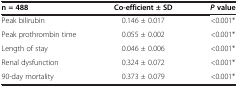
<table><thead><tr><td><b>n = 488</b></td><td><b>Co-efficient ± SD</b></td><td><b><i>P </i>value</b></td></tr></thead><tbody><tr><td>Peak bilirubin</td><td>0.146 ± 0.017</td><td>&lt;0.001*</td></tr><tr><td>Peak prothrombin time</td><td>0.055 ± 0.002</td><td>&lt;0.001*</td></tr><tr><td>Length of stay</td><td>0.046 ± 0.006</td><td>&lt;0.001*</td></tr><tr><td>Renal dysfunction</td><td>0.324 ± 0.072</td><td>&lt;0.001*</td></tr><tr><td>90-day mortality</td><td>0.373 ± 0.079</td><td>&lt;0.001*</td></tr></tbody></table>